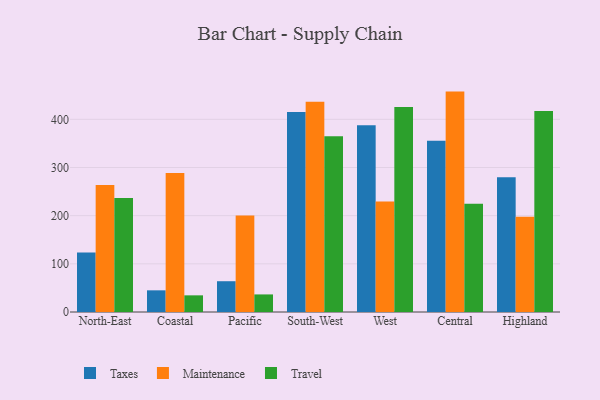
{"axis": {"x": "Region", "y": "Net Income (USD K)"}, "legend": ["Maintenance", "Taxes", "Travel"], "data": [{"x": "North-East", "y": 123.4, "type": "Taxes"}, {"x": "North-East", "y": 263.7, "type": "Maintenance"}, {"x": "North-East", "y": 236.9, "type": "Travel"}, {"x": "Coastal", "y": 45.0, "type": "Taxes"}, {"x": "Coastal", "y": 288.8, "type": "Maintenance"}, {"x": "Coastal", "y": 34.6, "type": "Travel"}, {"x": "Pacific", "y": 63.9, "type": "Taxes"}, {"x": "Pacific", "y": 200.1, "type": "Maintenance"}, {"x": "Pacific", "y": 36.5, "type": "Travel"}, {"x": "South-West", "y": 415.3, "type": "Taxes"}, {"x": "South-West", "y": 436.6, "type": "Maintenance"}, {"x": "South-West", "y": 364.9, "type": "Travel"}, {"x": "West", "y": 387.6, "type": "Taxes"}, {"x": "West", "y": 229.4, "type": "Maintenance"}, {"x": "West", "y": 425.5, "type": "Travel"}, {"x": "Central", "y": 355.6, "type": "Taxes"}, {"x": "Central", "y": 457.6, "type": "Maintenance"}, {"x": "Central", "y": 224.6, "type": "Travel"}, {"x": "Highland", "y": 279.9, "type": "Taxes"}, {"x": "Highland", "y": 198.0, "type": "Maintenance"}, {"x": "Highland", "y": 417.2, "type": "Travel"}]}